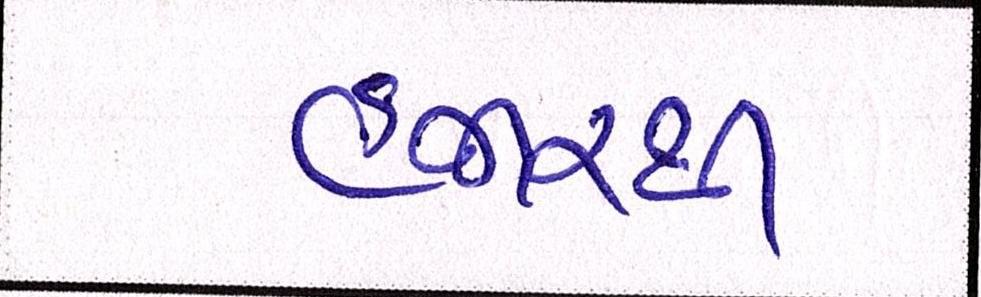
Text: હજારથી